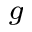
^ g